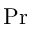
\mathrm { P r }